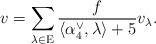
LaTeX: \begin{align*}v = \sum \limits_{\lambda \in \mathrm E} \frac{f}{\langle \alpha_4^\vee, \lambda \rangle + 5} v_\lambda.\end{align*}